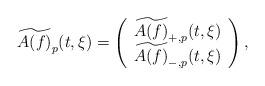
LaTeX: \begin{align*}\widetilde{A(f)}_{p}(t,\xi)=\left(\begin{array}{c}\widetilde{A(f)}_{+,p}(t,\xi)\\\widetilde{A(f)}_{-,p}(t,\xi)\end{array}\right),\end{align*}